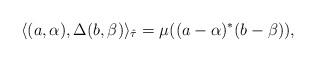
LaTeX: \begin{gather*}\langle(a, \alpha), \Delta(b, \beta)\rangle_{\hat \tau}=\mu((a-\alpha)^*(b-\beta)),\end{gather*}